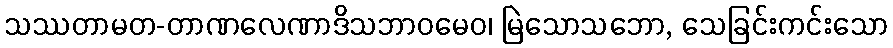
သဿတာမတ-တာဏလေဏာဒိသဘာဝမေဝ၊ မြဲသောသဘော, သေခြင်းကင်းသော